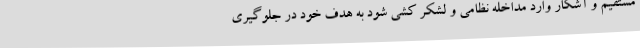
مستقیم و آشکار وارد مداخله نظامی و لشکر کشی شود به هدف خود در جلوگیری